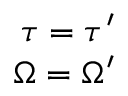
\begin{array} { r } { \tau = \tau ^ { \prime } } \\ { \Omega = \Omega ^ { \prime } } \end{array}